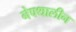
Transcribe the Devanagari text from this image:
नेफ्थालीन